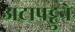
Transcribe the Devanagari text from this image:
अटापट्टुने